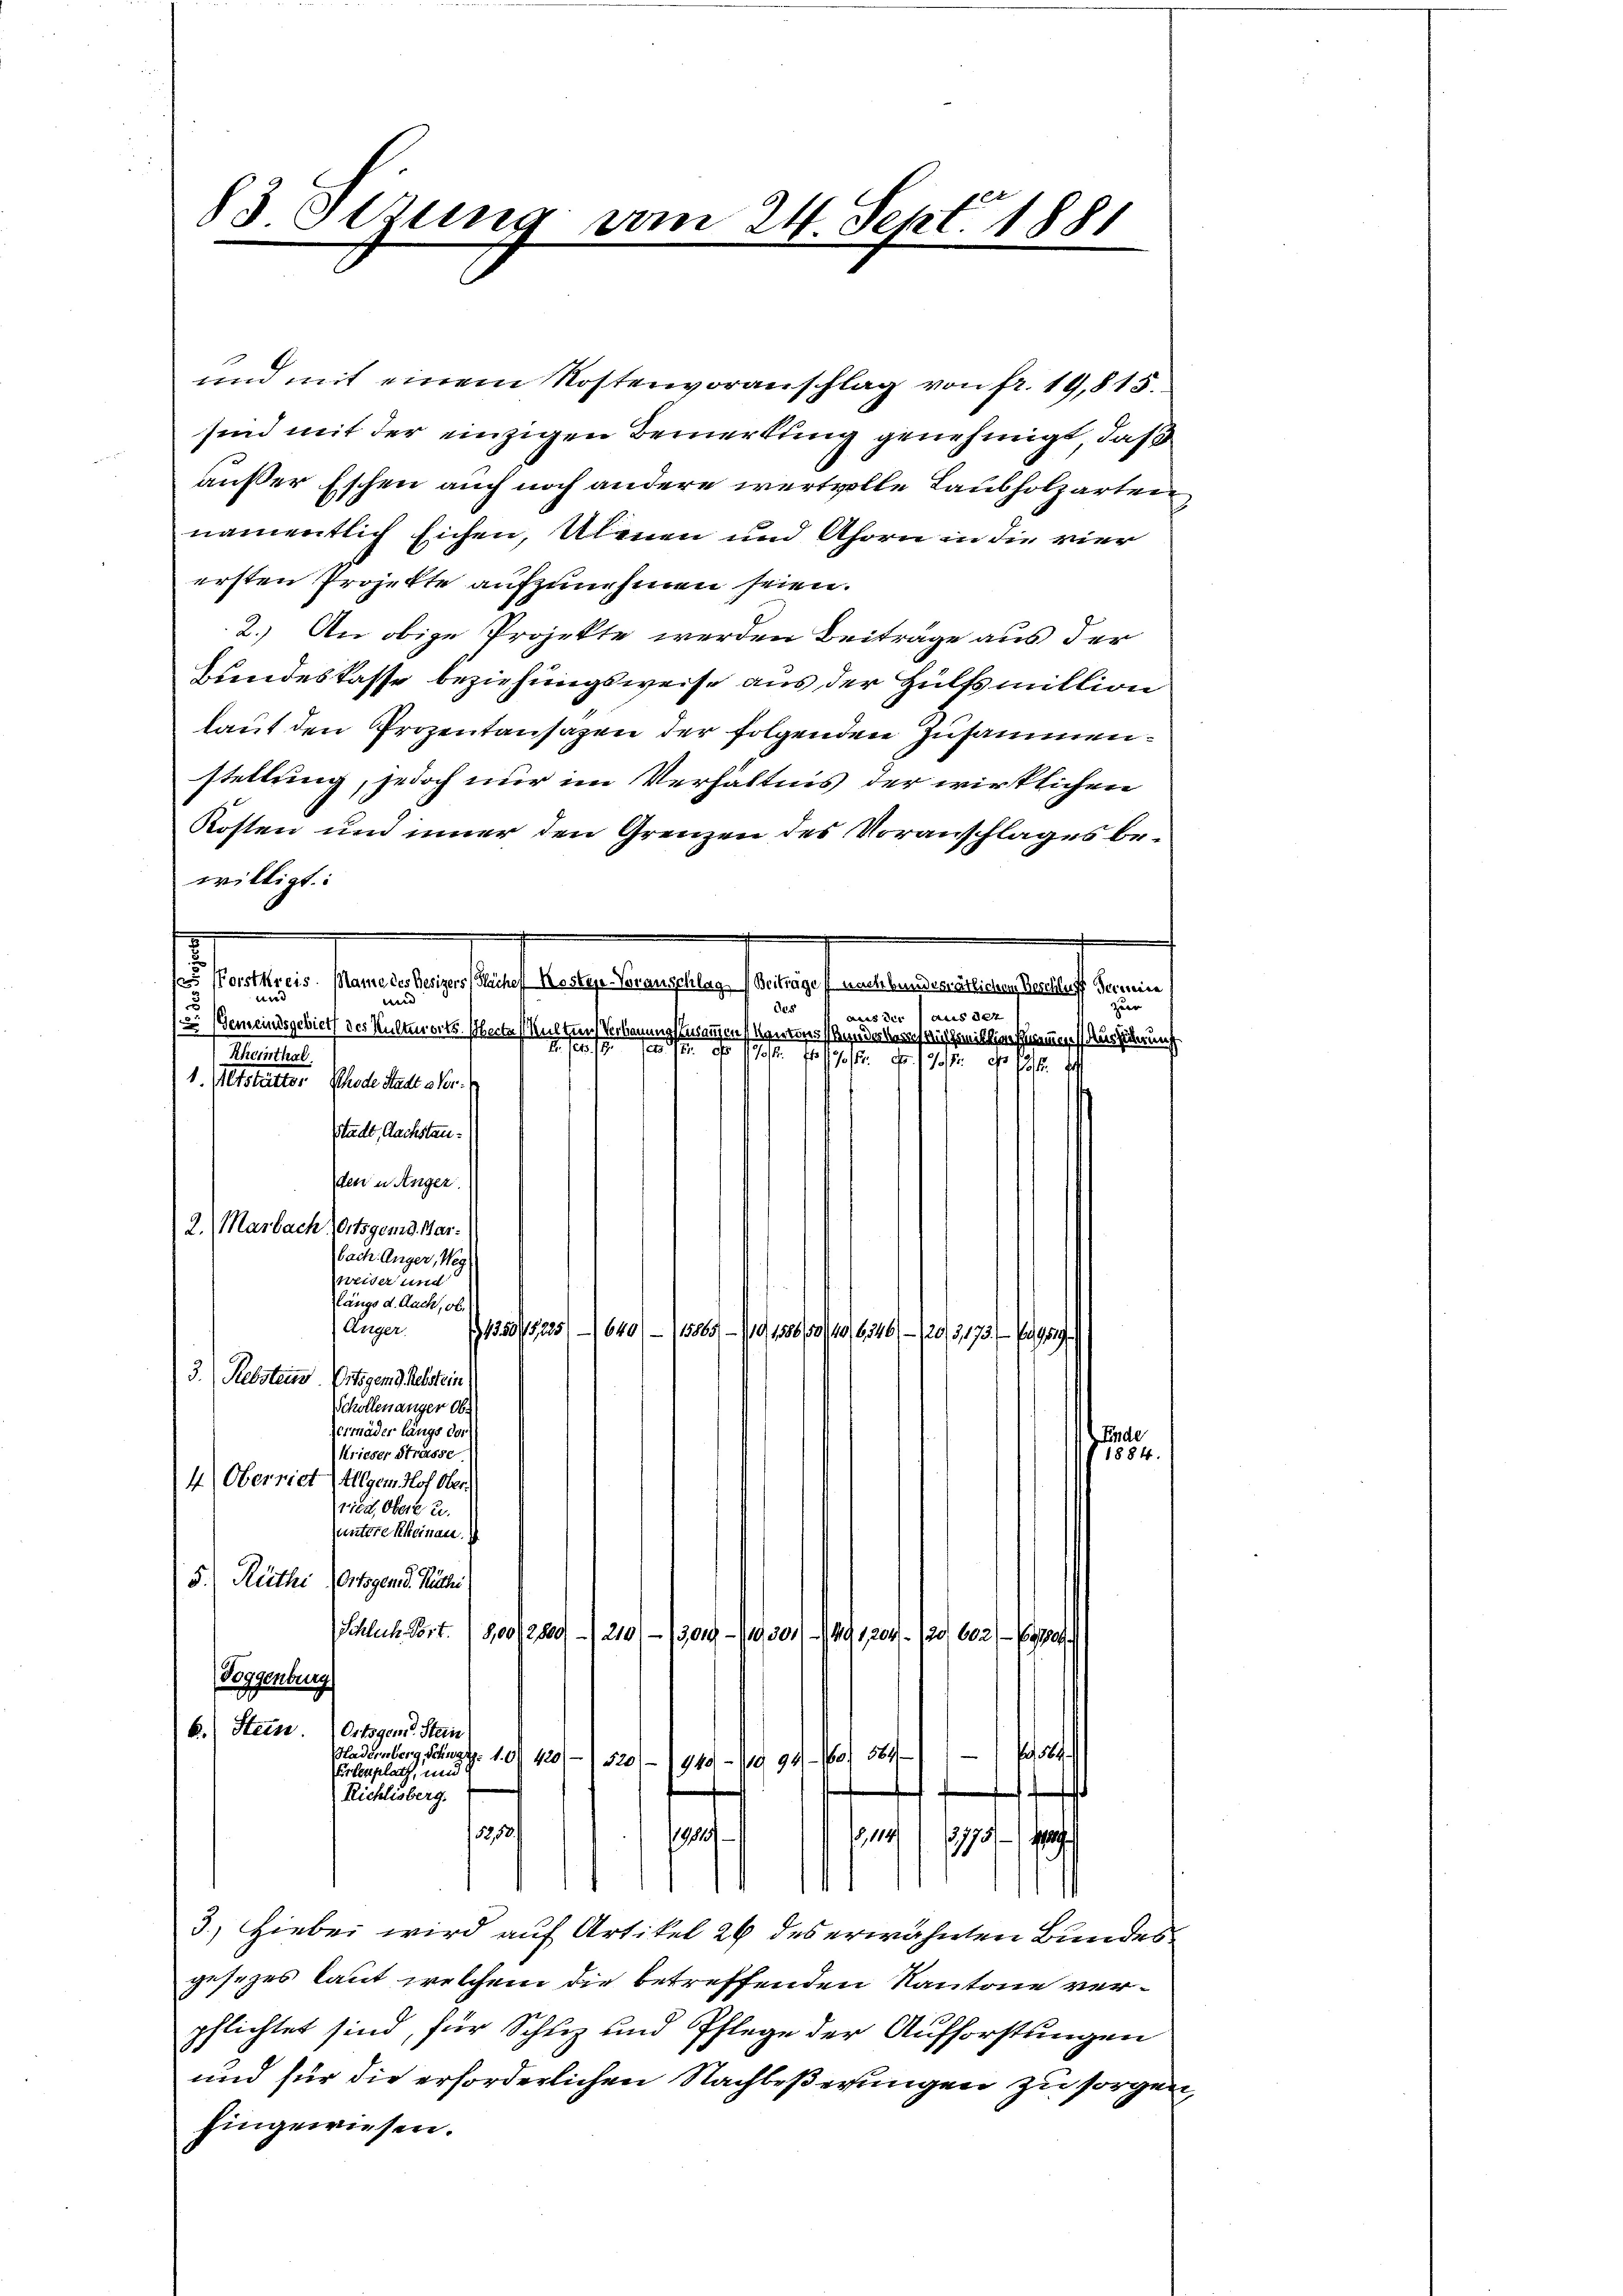
83 derung vom 24. Sept. 1881

ersten Projekte aufzunehmen seien.
willigt:
.
fisieren sondern belangelangen eine angemeinen auf ein
23
weid
zuer
des 4 aus der (aus der
2 Gemeindsgebiet des Kulturorts. Werte Malten Verbauung besannen Kantons Bundesverhülfsmillin namen (Ausführung
2. No. 18
Menthal
         10 f 15 Fr. 178 f 15. J
1. Altstritter Phode Stadt e Perstadt, Nachstanden einger.
2. Marbach Ortsgemd. Warbach Anger, Weg
weiser und
längs d. Aach, ob
Unger
135045,235/1640/ 115865/ – 119, 1886/9/10/6346/120/3173. 799/19
3. Rebstein Ortigen d. Rebstein
Schollenanger Ob
Verräder längs der
Einde
Krieser Strasse.
f 1884.
4) Oberriet Allgem Hof Oberried, Obert u.
untere Rheinau.
5.) Rüthe Ortsgen d. Mülhei
Schlich Port. (8,00/2800-1210) - 3000 - 119,501/ 149, 1204. 120 602) - Egge
Poggenburg
6.) Stein Ortsgem. Stein

Bladenberg Schurg. 104201-) 520 - 1940 - 1894 - 160. 564
Artenplatz, und
Richlisberg.
33,58/
1911
,119
,1731
3.) Hiebei wird auf Artikel 26 des erwähnten Bundes
gesezes laut welchem die betreffenden Kantone verpflichtet sind, für Schuz und Pflege der Aufforstungen
und für die erforderlichen Nachbeßerungen zu sorgen
Eingewiesen.

und mit einem Kostenvoranschlag von fr. 19,815.
sind mit der einzigen Bemerkung genehmigt, daß
außer Eschen auch noch andere wertvolle Laubholzarten,
namentlich sichen, Ulenen und Ahorn in die vier
2.) An obige Projekte werden Beiträge aus der
Hundeskasse beziehungsweise aus der Hülfsmillion
laut den Prozentansagen der folgenden zusammenstellung, jedoch nur im Verhältnis der wirklichen
Kosten und inner den Grenzen des Voranschlages be¬